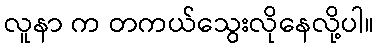
လူနာ က တကယ်သွေးလိုနေလို့ပါ။